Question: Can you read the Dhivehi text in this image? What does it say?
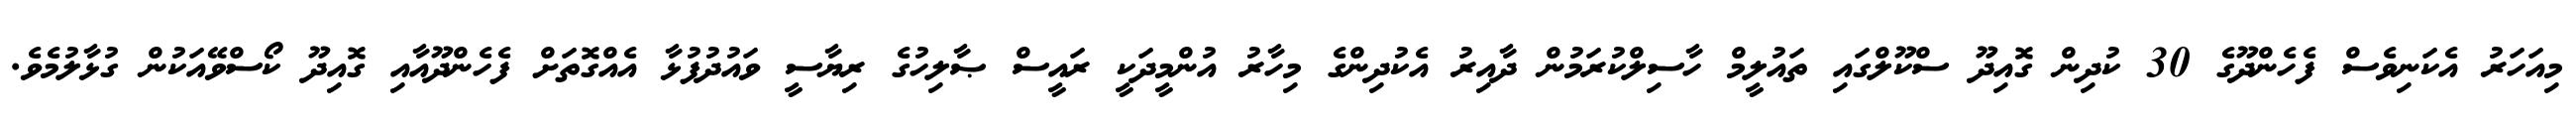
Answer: މިއަހަރު އެކަނިވެސް ފެހެންދޫގެ 30 ކުދިން ގޮއިދޫ ސްކޫލްގައި ތައުލީމް ހާސިލްކުރަމުން ދާއިރު އެކުދިންގެ މިހާރު އުންމީދަކީ ރައީސް ޞާލިހުގެ ރިޔާސީ ވައުދުފުޅާ އެއްގޮތަށް ފެހެންދޫއާއި ގޮއިދޫ ކޯސްވޭއަކުން ގުޅާލުމެވެ.